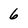
Character: 6